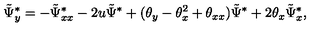
\tilde { \Psi } _ { y } ^ { * } = - \tilde { \Psi } _ { x x } ^ { * } - 2 u \tilde { \Psi } ^ { * } + ( { \theta } _ { y } - { \theta } _ { x } ^ { 2 } + { \theta } _ { x x } ) \tilde { \Psi } ^ { * } + 2 { \theta } _ { x } \tilde { \Psi } _ { x } ^ { * } ,